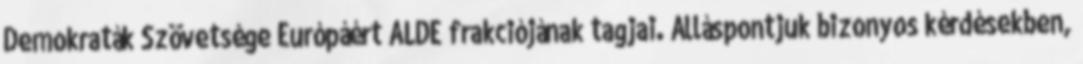
Demokraták Szövetsége Európáért ALDE frakciójának tagjai. Álláspontjuk bizonyos kérdésekben,